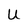
Character: U